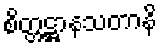
စိတ္တဋ္ဌာနသတာနိ